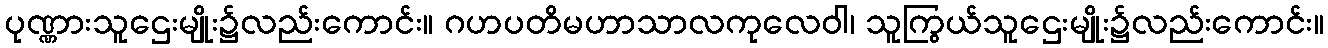
ပုဏ္ဏားသူဌေးမျိုး၌လည်းကောင်း။ ဂဟပတိမဟာသာလကုလေဝါ၊ သူကြွယ်သူဌေးမျိုး၌လည်းကောင်း။